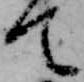
て